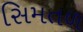
સિમતળ